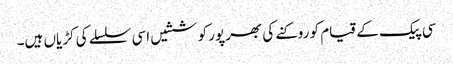
سی پیک کے قیام کو روکنے کی بھرپور کوششیں اسی سلسلے کی کڑیاں ہیں۔